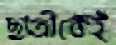
ছাত্রীকেই